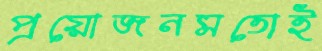
প্রয়োজনমতোই